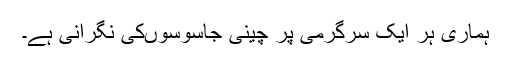
ہماری ہر ایک سرگرمی پر چینی جاسوسوںکی نگرانی ہے۔